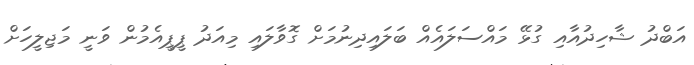
އަބްދު ޝާހިދުއާއި ގުޅޭ މައްސަލައެއް ބަލައިދިނުމަށް ގޮވާލައި މިއަދު ޕީޕީއެމުން ވަނީ މަޖިލީހަށް